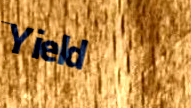
Yield